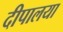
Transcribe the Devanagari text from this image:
दीपालया